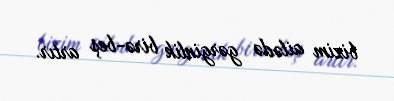
bizim ailədə gərginlik birə-beş artır.